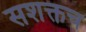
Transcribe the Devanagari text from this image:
सशक्तच